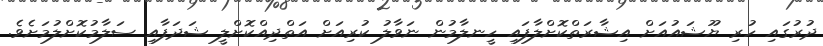
ދުރުގައި ހުރި ޔޫޝައުއަށް އިޝާރަތްކޮށްލާފައި ހީނލާމުން ނަވާލު ކުރިއަށް އަތްދިއްކޮށްލީ ޝަދަފާއި ސަލާމުކޮށްލުމަށެވެ.